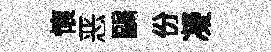
懷恶鷗份凝